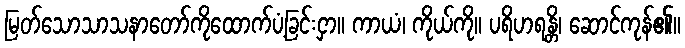
မြတ်သောသာသနာတော်ကိုထောက်ပံ့ခြင်းငှာ။ ကာယံ၊ ကိုယ်ကို။ ပရိဟရန္တိ၊ ဆောင်ကုန်၏။